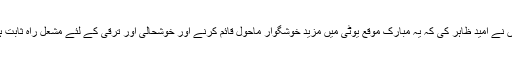
انہوں نے امید ظاہر کی کہ یہ مبارک موقع یوٹی میں مزید خوشگوار ماحول قائم کرنے اور خوشحالی اور ترقی کے لئے مشعل راہ ثابت ہوگا۔